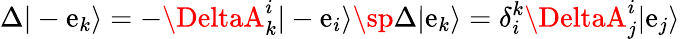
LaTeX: \Delta|-\mathrm{e}_{k}\rangle=-\DeltaA_{k}^{i}|-\mathrm{e}_{i}\rangle\sp\Delta|\mathrm{e}_{k}\rangle=\delta_{i}^{k}\DeltaA_{j}^{i}|\mathrm{e}_{j}\rangle